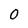
Character: 0